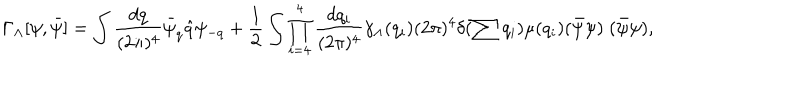
LaTeX: \Gamma _ { \Lambda } [ \psi , \bar { \psi } ] = \int \frac { d q } { ( 2 \pi ) ^ { 4 } } \bar { \psi } _ { q } \hat { q } \psi _ { - q } + \frac { 1 } { 2 } \int \prod _ { i = 4 } ^ { 4 } \frac { d q _ { i } } { ( 2 \pi ) ^ { 4 } } \gamma _ { \Lambda } ( q _ { i } ) ( 2 \pi ) ^ { 4 } \delta ( \sum q _ { i } ) \mu ( q _ { i } ) ( \bar { \psi } \psi ) \; ( \bar { \psi } \psi ) ,